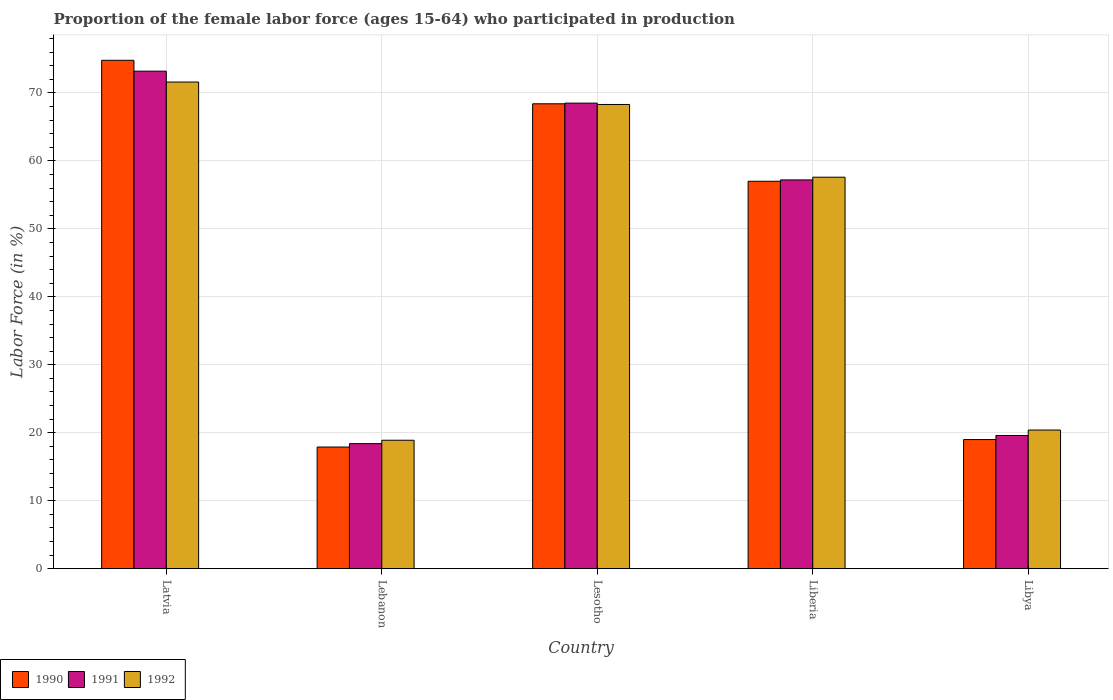
| Country | 1990 | 1991 | 1992 |
 | --- | --- | --- | --- |
 | Latvia | 74.8 | 73.2 | 71.6 |
 | Lebanon | 17.9 | 18.4 | 18.9 |
 | Lesotho | 68.4 | 68.5 | 68.3 |
 | Liberia | 57 | 57.2 | 57.6 |
 | Libya | 19 | 19.6 | 20.4 |